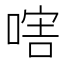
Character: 𠷪